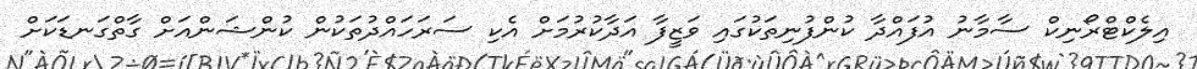
އިލެކްޓްރޯނިކް ސާމާނު އުފައްދާ ކުންފުނިތަކުގައި ވަޒީފާ އަދާކުރުމަށް އެކި ސަރަހައްދުތަކުން ކުންޝަންއަށް ގާތްގަނޑަކަށް